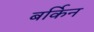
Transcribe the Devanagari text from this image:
बर्किन